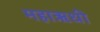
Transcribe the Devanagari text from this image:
महाऋधी